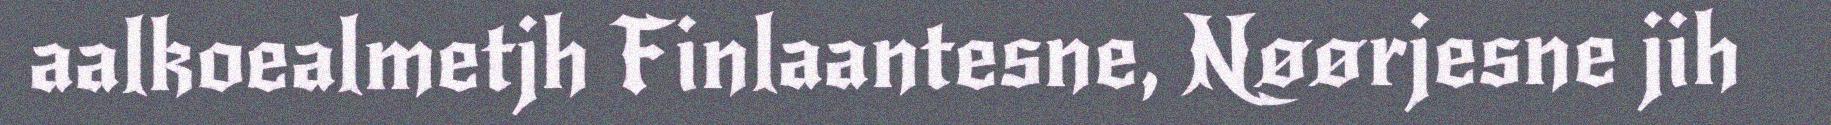
aalkoealmetjh Finlaantesne, Nøørjesne jih